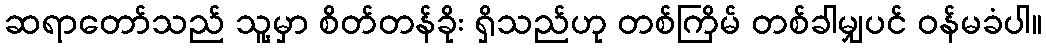
ဆရာတော်သည် သူ့မှာ စိတ်တန်ခိုး ရှိသည်ဟု တစ်ကြိမ် တစ်ခါမျှပင် ဝန်မခံပါ။